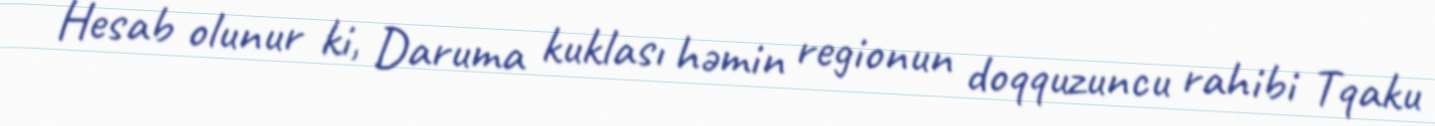
Hesab olunur ki, Daruma kuklası həmin regionun doqquzuncu rahibi Tqaku